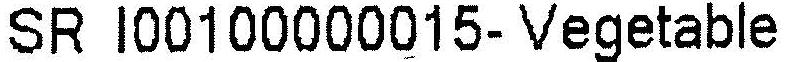
SR I00100000015-VEGETABLE